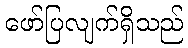
ဖော်ပြလျက်ရှိသည်